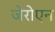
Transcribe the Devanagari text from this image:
जेरोएन